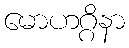
မောဟဂ္ဂိနာ